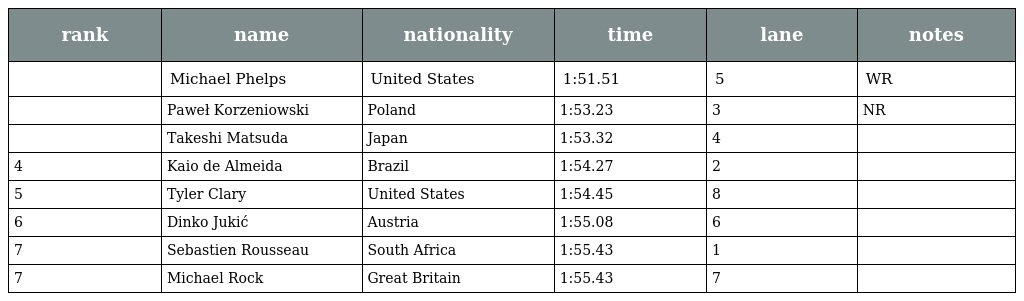
| rank | name | nationality | time | lane | notes |
 | --- | --- | --- | --- | --- | --- |
 |  | Michael Phelps | United States | 1:51.51 | 5 | WR |
 |  | Paweł Korzeniowski | Poland | 1:53.23 | 3 | NR |
 |  | Takeshi Matsuda | Japan | 1:53.32 | 4 |  |
 | 4 | Kaio de Almeida | Brazil | 1:54.27 | 2 |  |
 | 5 | Tyler Clary | United States | 1:54.45 | 8 |  |
 | 6 | Dinko Jukić | Austria | 1:55.08 | 6 |  |
 | 7 | Sebastien Rousseau | South Africa | 1:55.43 | 1 |  |
 | 7 | Michael Rock | Great Britain | 1:55.43 | 7 |  |